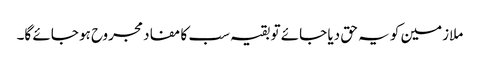
ملازمین کو یہ حق دیا جائے تو بقیہ سب کا مفاد مجروح ہو جائے گا۔